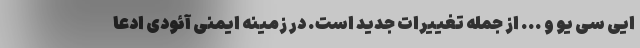
ایی سی یو و ... از جمله تغییرات جدید است. در زمینه ایمنی آئودی ادعا